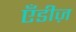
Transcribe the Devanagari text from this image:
एँडीज़